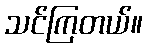
သင်ကြတယ်။